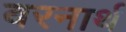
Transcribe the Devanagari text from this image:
बरनार्थ